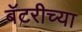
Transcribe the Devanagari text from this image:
बॅटरीच्या